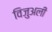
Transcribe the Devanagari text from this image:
विजुअली